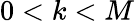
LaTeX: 0<k<M